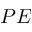
P E